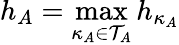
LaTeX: \displaystyle h_{A}=\operatorname*{max}_{\kappa_{A}\in\mathcal{T}_{A}}h_{\kappa_{A}}